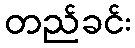
တည်ခင်း